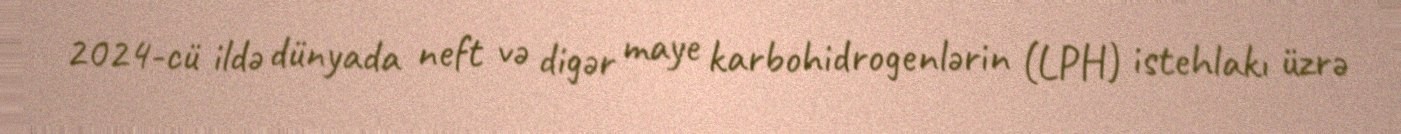
2024-cü ildə dünyada neft və digər maye karbohidrogenlərin (LPH) istehlakı üzrə